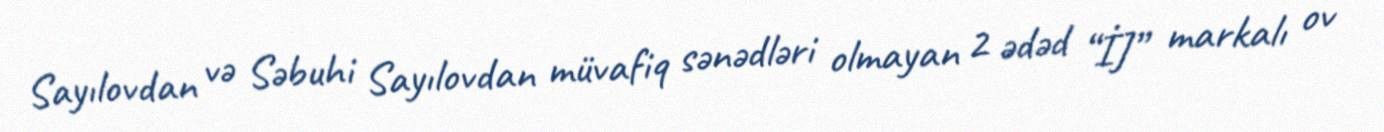
Sayılovdan və Səbuhi Sayılovdan müvafiq sənədləri olmayan 2 ədəd “İJ” markalı ov